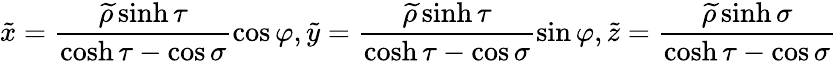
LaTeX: \tilde{x}=\frac{\widetilde{\rho}\sinh\tau}{\cosh\tau-\cos\sigma}\cos\varphi,\tilde{y}=\frac{\widetilde{\rho}\sinh\tau}{\cosh\tau-\cos\sigma}\sin\varphi,\tilde{z}=\frac{\widetilde{\rho}\sinh\sigma}{\cosh\tau-\cos\sigma}